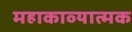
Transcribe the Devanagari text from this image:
महाकाव्‍यात्‍मक